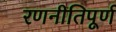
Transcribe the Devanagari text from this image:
रणनीतिपूर्ण